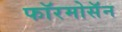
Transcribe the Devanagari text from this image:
फॉरमोसॅन